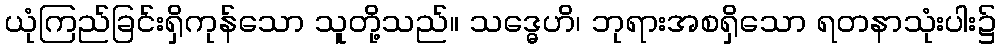
ယုံကြည်ခြင်းရှိကုန်သော သူတို့သည်။ သဒ္ဓေဟိ၊ ဘုရားအစရှိသော ရတနာသုံးပါး၌